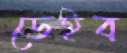
ডেইব